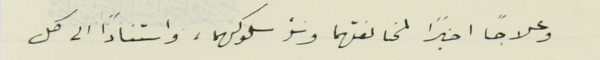
وعلاجاً اخيراً لمخالفتهما وسَؤ سلوكهما، واستناداً الى كل